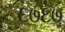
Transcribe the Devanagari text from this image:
६७६७